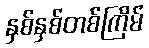
နှစ်နှစ်တစ်ကြိမ်